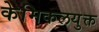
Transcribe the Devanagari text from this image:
केमिकलयुक्त